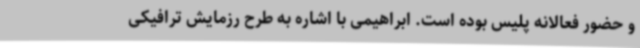
و حضور فعالانه پلیس بوده است. ابراهیمی با اشاره به طرح رزمایش ترافیکی